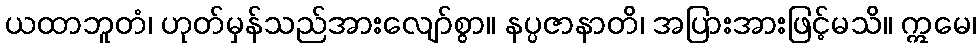
ယထာဘူတံ၊ ဟုတ်မှန်သည်အားလျော်စွာ။ နပ္ပဇာနာတိ၊ အပြားအားဖြင့်မသိ။ ဣမေ၊